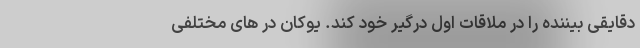
دقایقی بیننده را در ملاقات اول درگیر خود کند. یوکان در های مختلفی